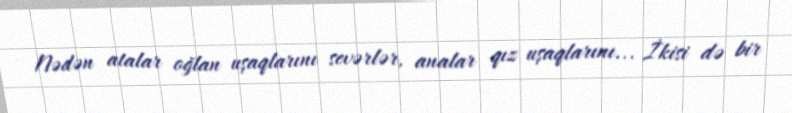
Nədən atalar oğlan uşaqlarını sevərlər, analar qız uşaqlarını... İkisi də bir